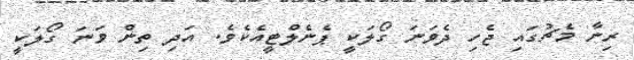
ރިނާ މެޗުގައި ޖެހި ދެވަނަ ގޯލަކީ ޕެނެލްޓީއެކެވެ. އަދި ތިން ވަނަ ގޯލަކީ